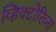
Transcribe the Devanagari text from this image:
व्हिक्टोरिव्ना